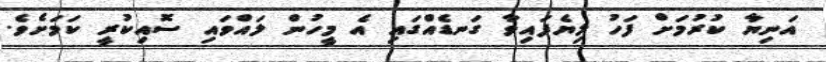
އަނިޔާ ކުރުމަށް ފަހު ލިޔެފައިވާ ގަނޑެއްގައި އެ މީހުން ލައްވައި ސޮއިކުރީ ކަމަށެވެ.